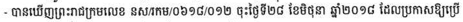
- បានឃើញព្រះរាជក្រមលេខ នស/រកម/០៦១៨/០១២ ចុះថ្ងៃទី២៨ ខែមិថុនា ឆ្នាំ២០១៨ ដែលប្រកាសឱ្យប្រើ